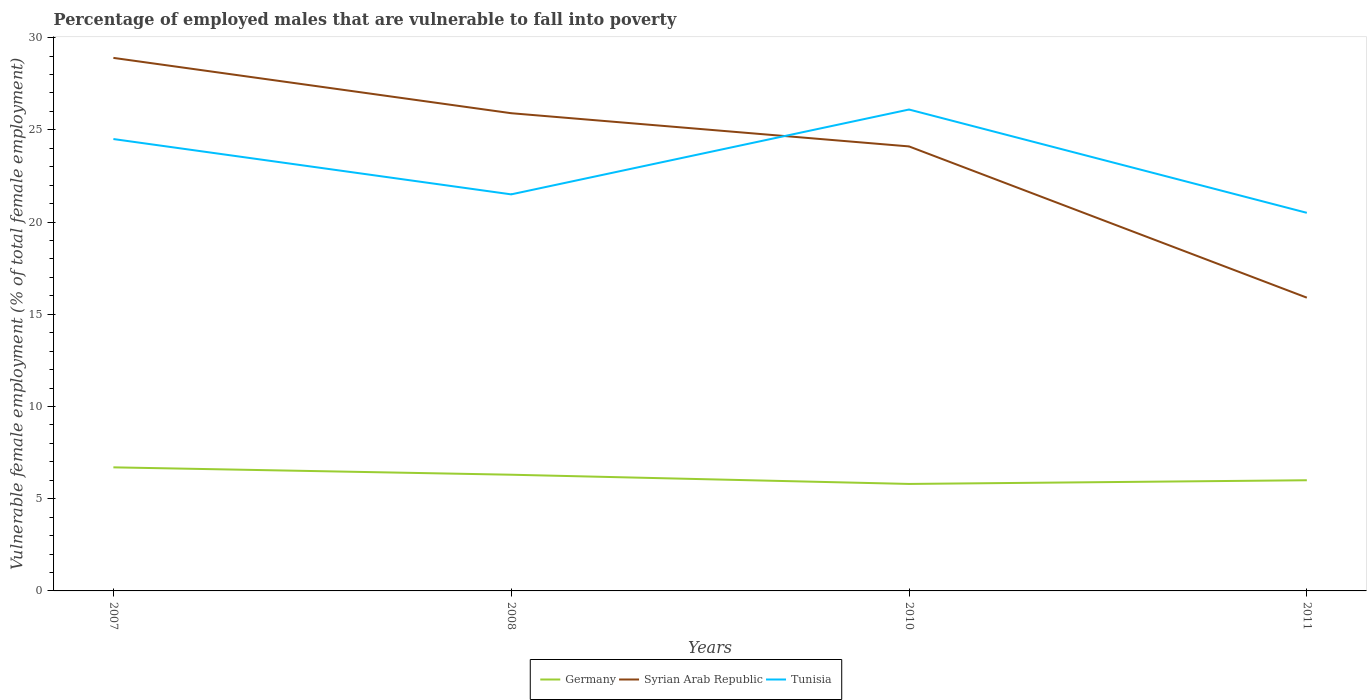
| Years | Germany | Syrian Arab Republic | Tunisia |
 | --- | --- | --- | --- |
 | 2007 | 6.7 | 28.9 | 24.5 |
 | 2008 | 6.3 | 25.9 | 21.5 |
 | 2010 | 5.8 | 24.1 | 26.1 |
 | 2011 | 6 | 15.9 | 20.5 |